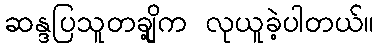
ဆန္ဒပြသူတချို့က လုယူခဲ့ပါတယ်။